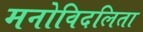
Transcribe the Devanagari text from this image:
मनोविदलिता